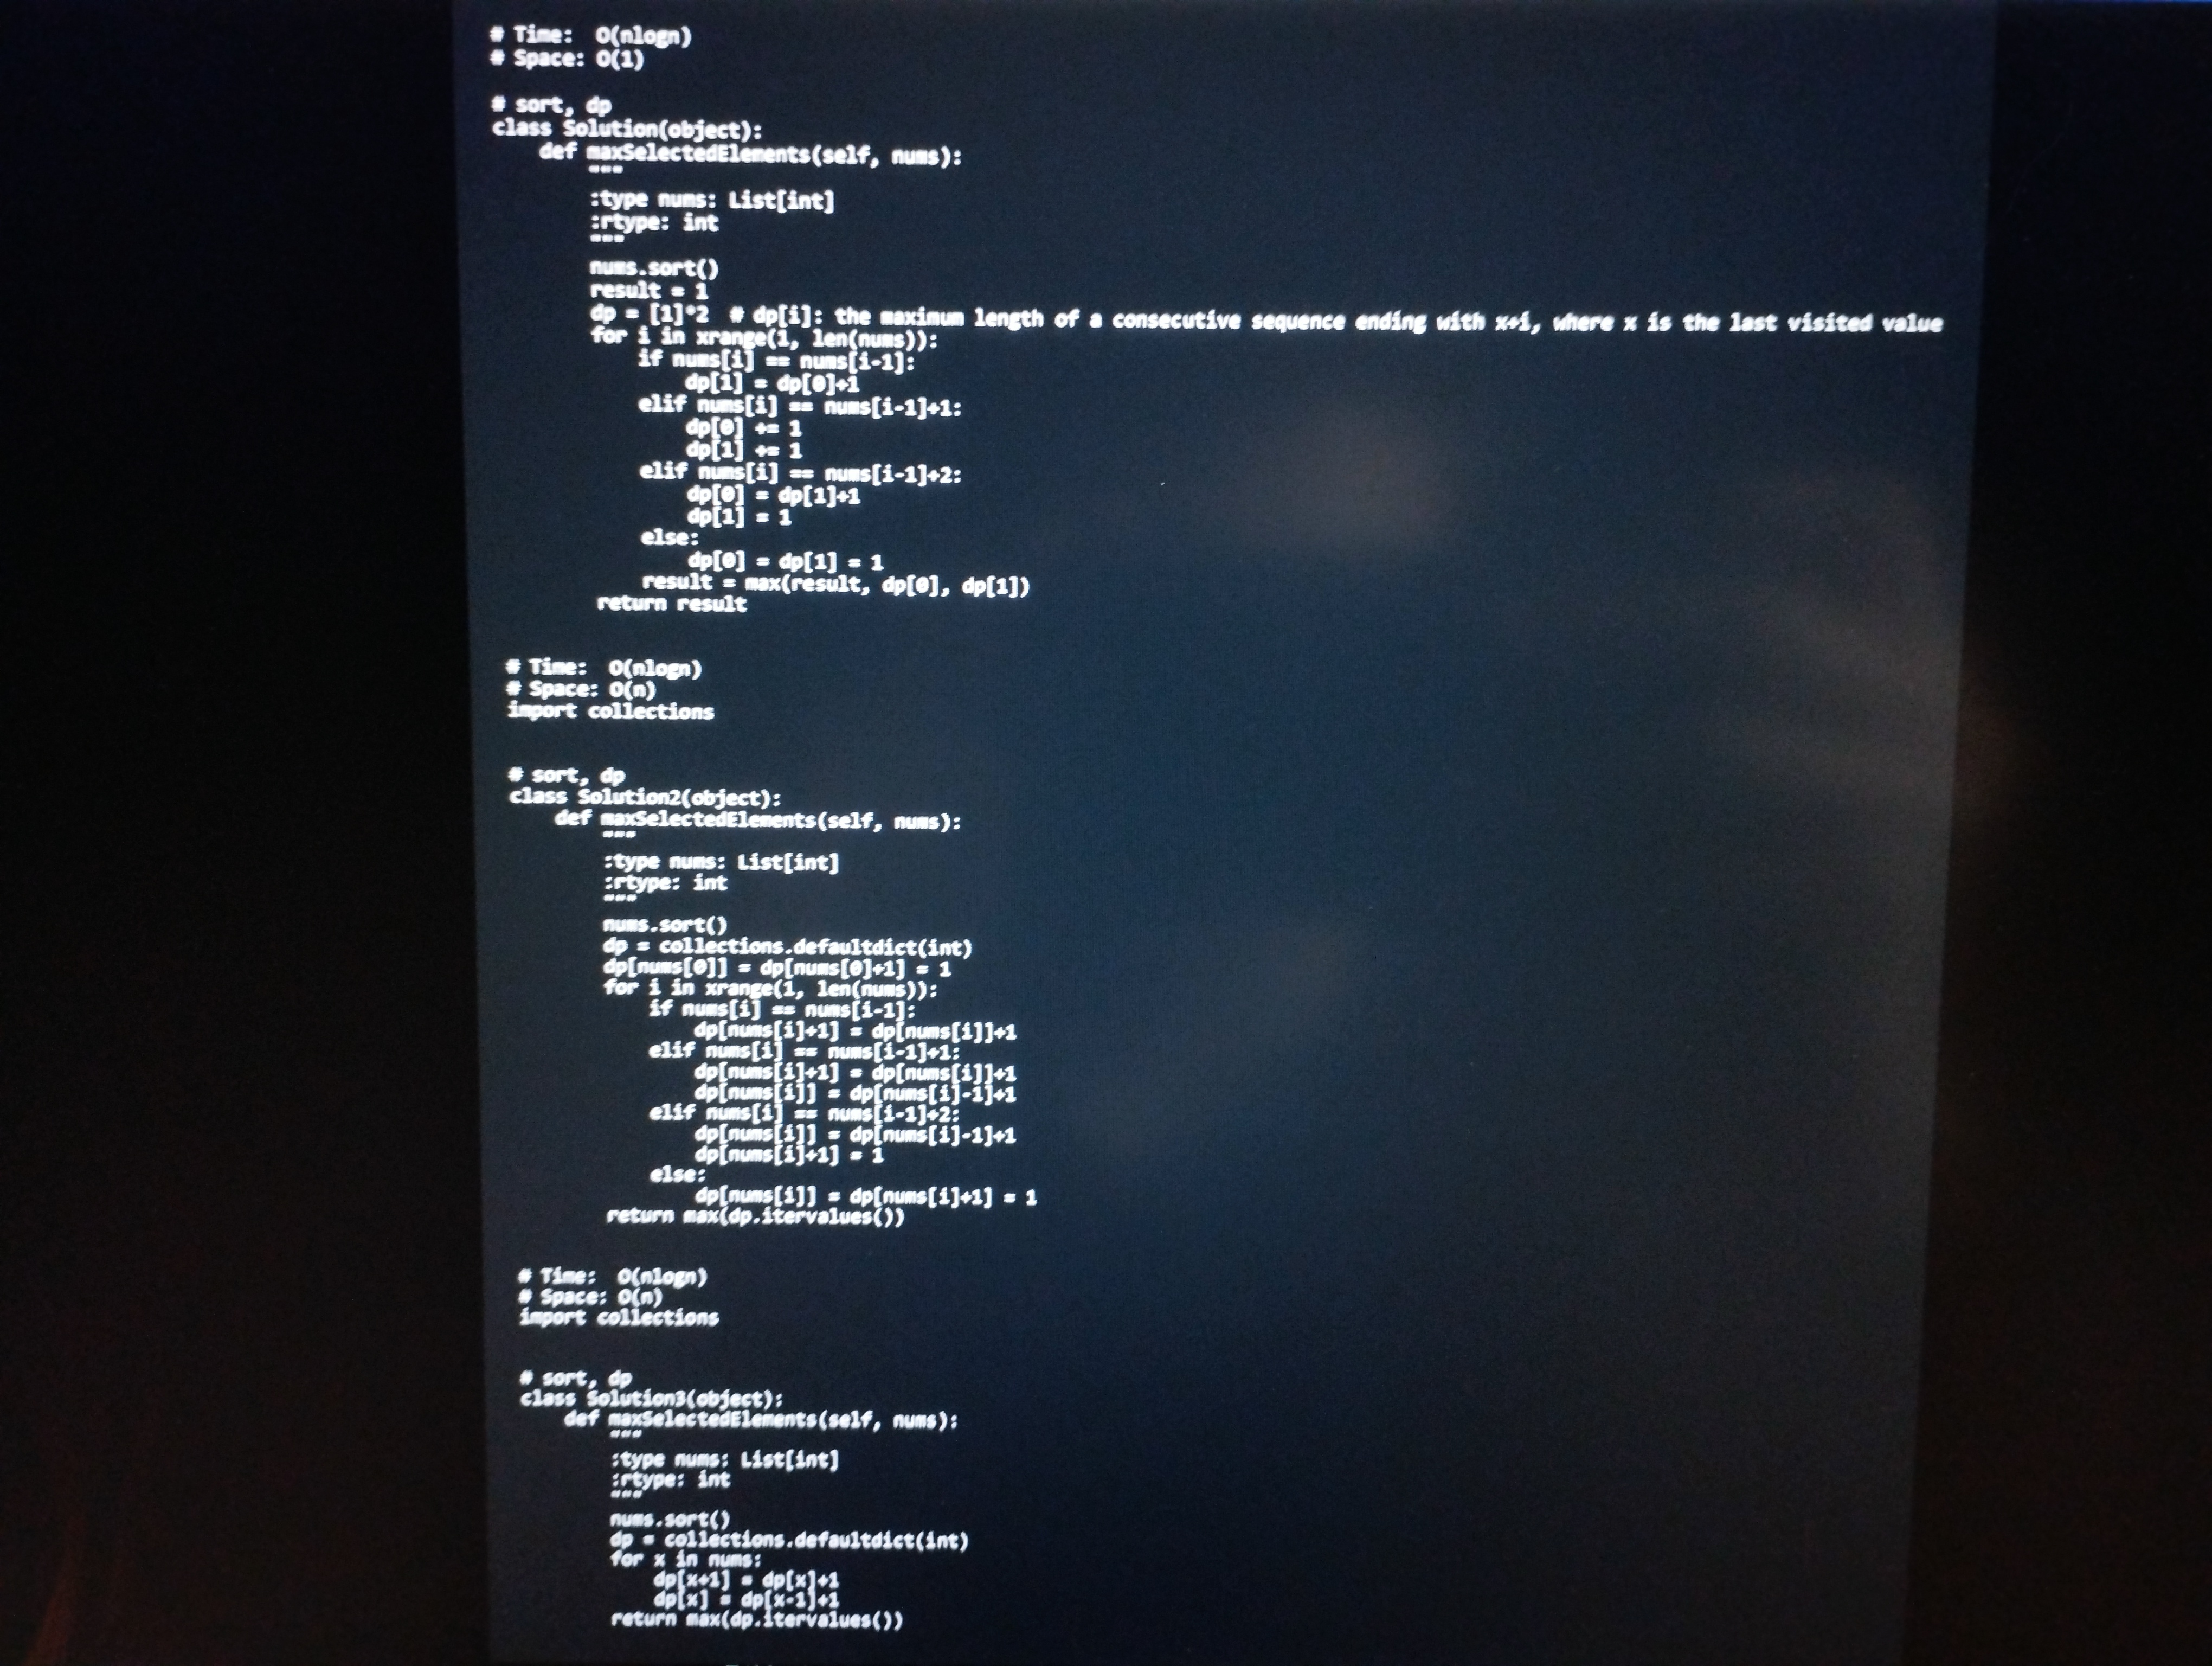
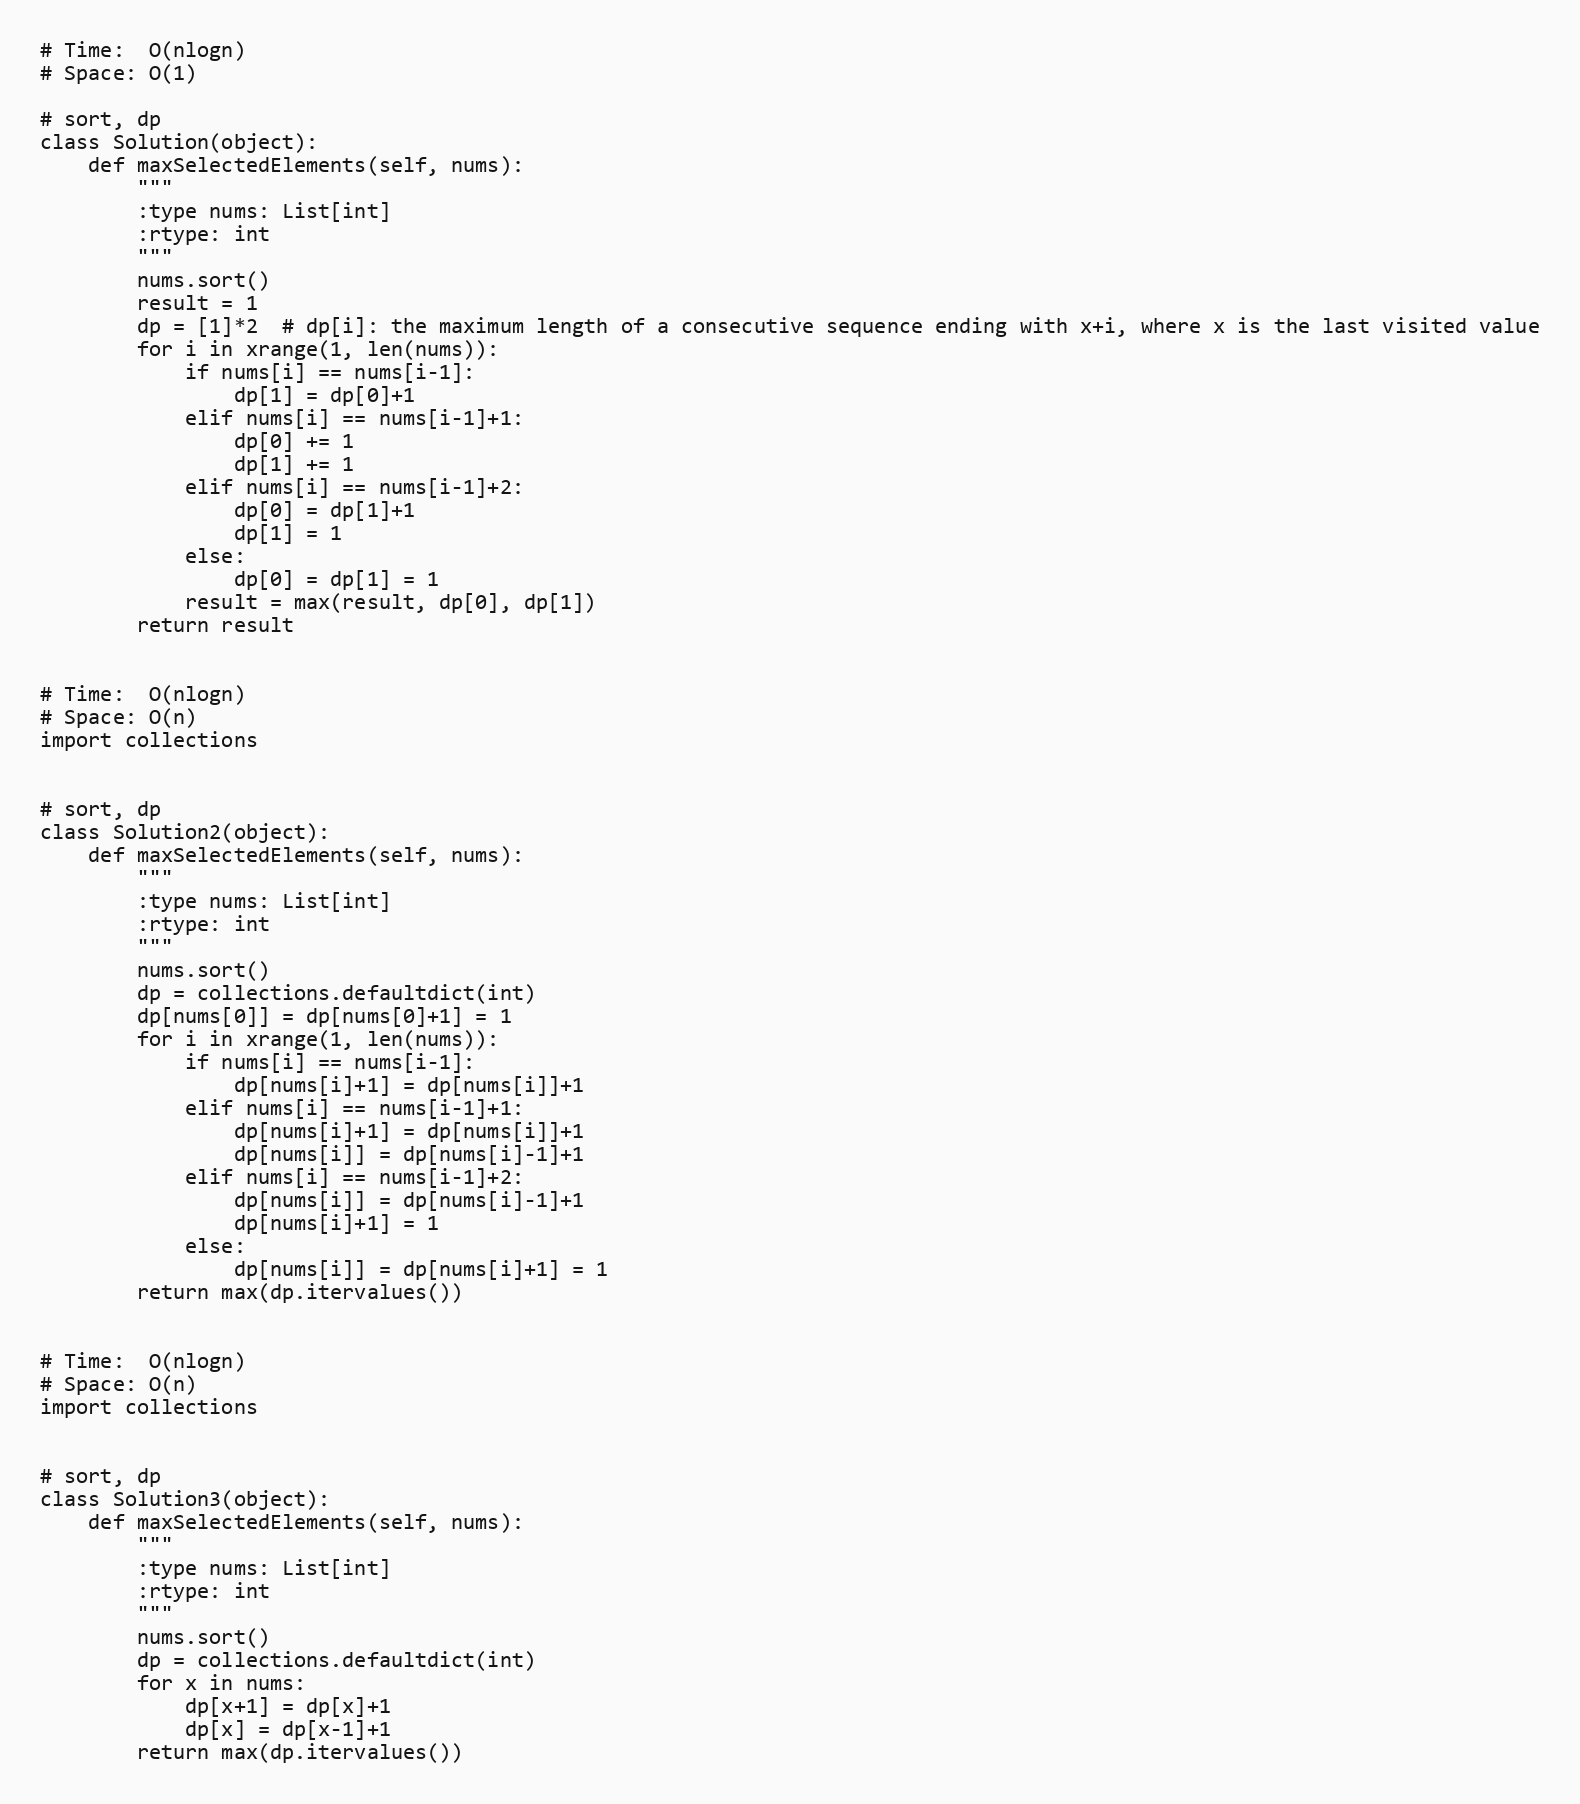
# Time:  O(nlogn)
# Space: O(1)

# sort, dp
class Solution(object):
    def maxSelectedElements(self, nums):
        """
        :type nums: List[int]
        :rtype: int
        """
        nums.sort()
        result = 1
        dp = [1]*2  # dp[i]: the maximum length of a consecutive sequence ending with x+i, where x is the last visited value
        for i in xrange(1, len(nums)):
            if nums[i] == nums[i-1]:
                dp[1] = dp[0]+1
            elif nums[i] == nums[i-1]+1:
                dp[0] += 1
                dp[1] += 1
            elif nums[i] == nums[i-1]+2:
                dp[0] = dp[1]+1
                dp[1] = 1
            else:
                dp[0] = dp[1] = 1
            result = max(result, dp[0], dp[1])
        return result

# Time:  O(nlogn)
# Space: O(n)
import collections

# sort, dp
class Solution2(object):
    def maxSelectedElements(self, nums):
        """
        :type nums: List[int]
        :rtype: int
        """
        nums.sort()
        dp = collections.defaultdict(int)
        dp[nums[0]] = dp[nums[0]+1] = 1
        for i in xrange(1, len(nums)):
            if nums[i] == nums[i-1]:
                dp[nums[i]+1] = dp[nums[i]]+1
            elif nums[i] == nums[i-1]+1:
                dp[nums[i]+1] = dp[nums[i]]+1
                dp[nums[i]] = dp[nums[i]-1]+1
            elif nums[i] == nums[i-1]+2:
                dp[nums[i]] = dp[nums[i]-1]+1
                dp[nums[i]+1] = 1
            else:
                dp[nums[i]] = dp[nums[i]+1] = 1
        return max(dp.itervalues())

# Time:  O(nlogn)
# Space: O(n)
import collections

# sort, dp
class Solution3(object):
    def maxSelectedElements(self, nums):
        """
        :type nums: List[int]
        :rtype: int
        """
        nums.sort()
        dp = collections.defaultdict(int)
        for x in nums:
            dp[x+1] = dp[x]+1
            dp[x] = dp[x-1]+1
        return max(dp.itervalues())